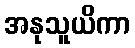
အနုသူယိကာ